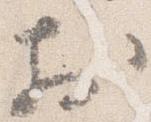
於